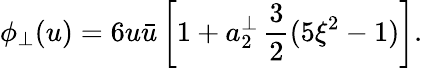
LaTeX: \phi_{\perp}(u)=6u\bar{u}\left[1+a_{2}^{\perp}\, \frac{3}{2}(5\xi^{2}-1)\right].